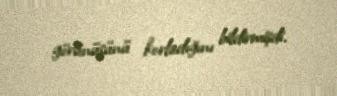
görünüşünü korladığını bildirmişdi.